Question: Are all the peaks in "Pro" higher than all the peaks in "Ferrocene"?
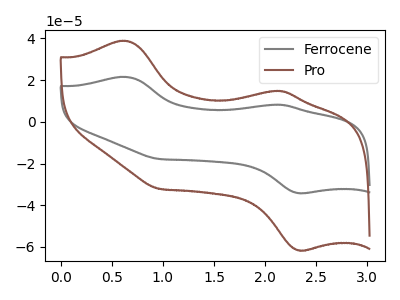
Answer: <think>The gray curve "Ferrocene" has anodic peaks at (0.65V, 21.55uA) (2.15V, 8.25uA) and cathodic peaks at (2.35V, -34.20uA) (0.95V, -17.80uA). The brown curve "Pro" has anodic peaks at (0.65V, 38.90uA) (2.15V, 14.85uA) and cathodic peaks at (2.35V, -61.65uA) (0.95V, -32.10uA).</think>
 <answer>Every peak in "Pro" is higher than every peak in "Ferrocene".</answer>
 <eval>higher</eval>